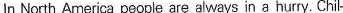
In North America people are always in a hurry. Chil-